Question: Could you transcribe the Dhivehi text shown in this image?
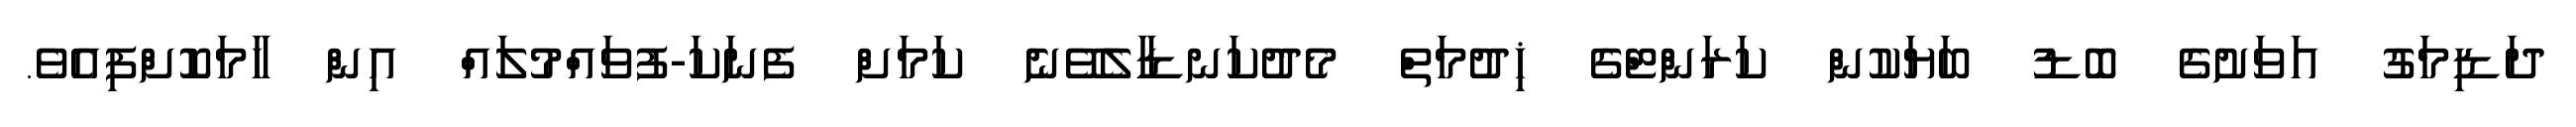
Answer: ދަޑިމަގު އަވަށުގެ ބޮޑު ބަޔަކުން ކަރަންޓްގެ ޚިދުމަތް މެދުކަނޑާލެވޭނެ ކަމަށް ފެނަކަ-ފުވައްމުލައް އިން ހާމަކޮށްފިއެވެ.